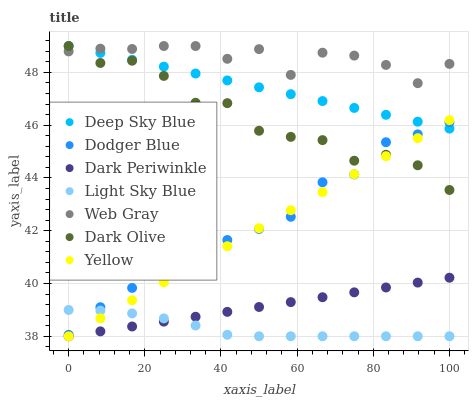
| xaxis_label | Deep Sky Blue | Dodger Blue | Dark Periwinkle | Light Sky Blue | Web Gray | Dark Olive | Yellow |
 | --- | --- | --- | --- | --- | --- | --- | --- |
 | 0 | 49 | 38.1 | 38 | 39 | 48.8 | 49 | 38 |
 | 8.33 | 48.7 | 39.1 | 38.2 | 39 | 48.9 | 48.4 | 38.7 |
 | 16.7 | 48.5 | 39.8 | 38.4 | 38.9 | 48.9 | 48.4 | 39.4 |
 | 25 | 48.2 | 40.4 | 38.6 | 38.7 | 49 | 47.9 | 40 |
 | 33.3 | 48 | 40.4 | 38.7 | 38.4 | 49 | 46.8 | 40.7 |
 | 41.7 | 47.7 | 41.6 | 38.9 | 38.1 | 48.5 | 46.8 | 41.4 |
 | 50 | 47.4 | 42.1 | 39.1 | 38 | 48.9 | 45.8 | 42.1 |
 | 58.3 | 47.2 | 42.5 | 39.3 | 38 | 47.9 | 45.6 | 42.8 |
 | 66.7 | 46.9 | 43.8 | 39.5 | 38 | 48.7 | 45.4 | 43.5 |
 | 75 | 46.7 | 44.1 | 39.7 | 38 | 48.6 | 44.7 | 44.1 |
 | 83.3 | 46.4 | 45.4 | 39.8 | 38 | 48.3 | 44.9 | 44.8 |
 | 91.7 | 46.1 | 45.7 | 40 | 38 | 47.6 | 44.5 | 45.5 |
 | 100 | 45.9 | 46.1 | 40.2 | 38 | 48.3 | 43.5 | 46.2 |